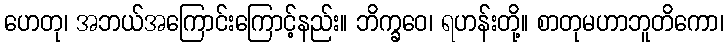
ဟေတု၊ အဘယ်အကြောင်းကြောင့်နည်း။ ဘိက္ခဝေ၊ ရဟန်းတို့။ စာတုမဟာဘူတိကော၊